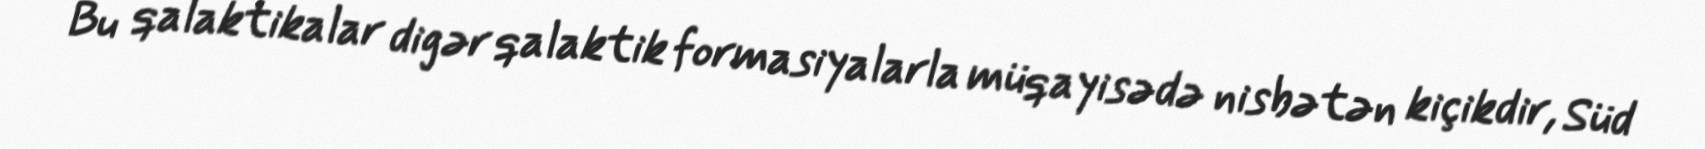
Bu qalaktikalar digər qalaktik formasiyalarla müqayisədə nisbətən kiçikdir, Süd